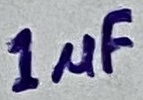
Text: 1µF